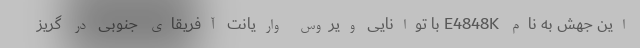
این جهش به نام E4848K با توانایی ویروس واریانت آفریقای جنوبی در گریز